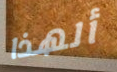
ألهذا